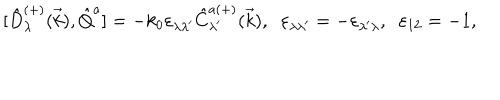
LaTeX: { [ } \hat { D } _ { \lambda } ^ { ( + ) } ( \vec { k } ) , \hat { Q } ^ { a } ] = - k _ { 0 } \varepsilon _ { \lambda \lambda ^ { \prime } } \hat { C } _ { \lambda ^ { \prime } } ^ { a ( + ) } ( \vec { k } ) , \; \; \varepsilon _ { \lambda \lambda ^ { \prime } } = - \varepsilon _ { \lambda ^ { \prime } \lambda } , \; \; \varepsilon _ { 1 2 } = - 1 ,